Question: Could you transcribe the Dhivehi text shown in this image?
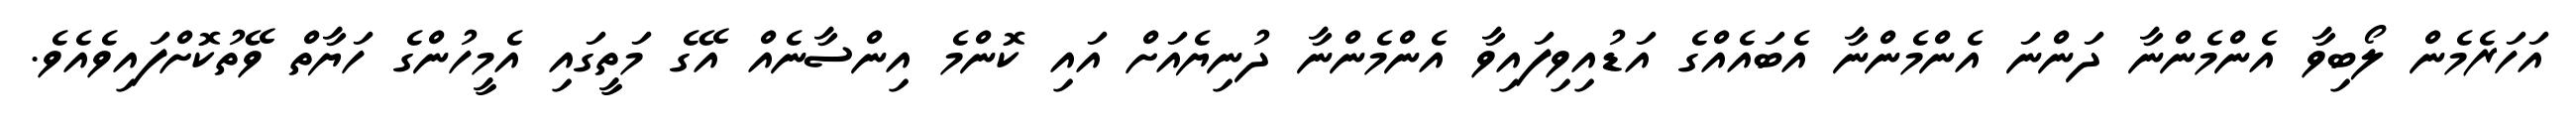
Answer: އަހަރެމެން ލޯބިވާ އެންމެންނާ ދަންނަ އެންމެންނާ އެބައެއްގެ އަޑުއިވިފައިވާ އެންމެންނާ ދުނިޔެއަށް އައި ކޮންމެ އިންސާނެއް އޭގެ މަތީގައި އެމީހުންގެ ހަޔާތް ވޭތުކޮށްފައިވެއެވެ.